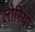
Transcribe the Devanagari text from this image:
लोरियों